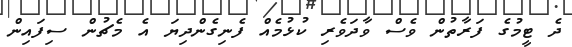
ދެ ޓީމުގެ ފަރާތުން ވެސް ވާދަވެރި ކުޅުމެއް ފެނިގެންދިޔަ އެ މެޗުން ސިފައިން